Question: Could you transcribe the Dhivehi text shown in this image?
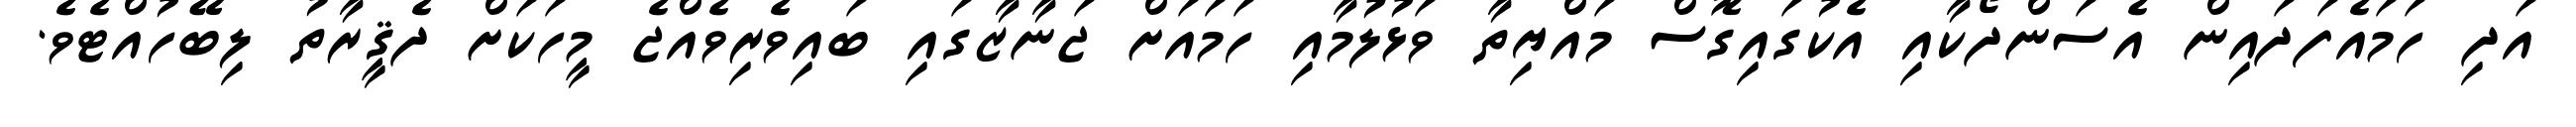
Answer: އަދި ހަމައެފަދައިން އެސަންދޯކާއި އެކުގައިގޮސް މައްޔިތާ ވަޅުލުމާއި ހަމައަށް ޖަނާޒާގައި ބައިވެރިވެއްޖެ މީހަކަށް ދެޤީރާތު ލިބޭހުއްޓެވެ.